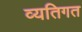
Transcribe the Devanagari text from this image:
व्यतिगत